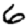
Digit: 6